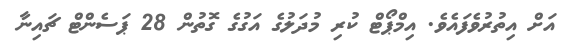
އަށް އިތުރުވެފައެވެ. އިމްޕޯޓް ކުރި މުދަލުގެ އަގުގެ ގޮތުން 28 ޕަސެންޓް ޗައިނާ